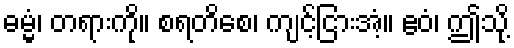
ဓမ္မံ၊ တရားကို။ စရတိစေ၊ ကျင့်ငြားအံ့။ ဧဝံ၊ ဤသို့